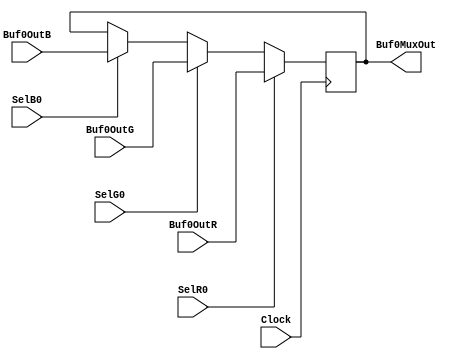
module Buf0Mux(Buf0MuxOut, Buf0OutR, Buf0OutG, Buf0OutB, SelR0, SelG0, SelB0, Clock);
output reg[7:0] Buf0MuxOut;
input[7:0] Buf0OutR, Buf0OutG, Buf0OutB;
input SelR0, SelG0, SelB0;
input Clock;

always @(posedge Clock)
begin
	if(SelR0==1)
	begin
		Buf0MuxOut <= Buf0OutR;
	end
	else if(SelG0==1)
	begin
		Buf0MuxOut <= Buf0OutG;
	end
	else if(SelB0==1)
	begin
		Buf0MuxOut <= Buf0OutB;
	end
end
endmodule